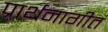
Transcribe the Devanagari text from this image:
प्रार्थनागीत